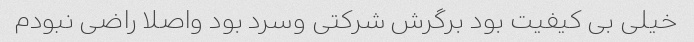
خیلی بی کیفیت بود برگرش شرکتی وسرد بود واصلا راضی نبودم